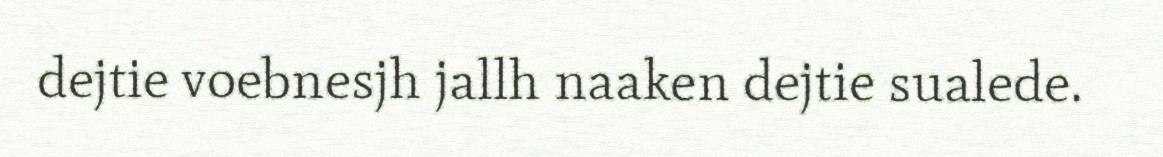
dejtie voebnesjh jallh naaken dejtie sualede.